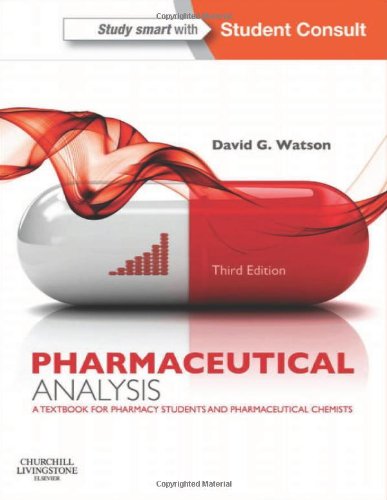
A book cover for Pharmaceutical Analysis: A Textbook for Pharmacy Students and Pharmaceutical Chemists, 3e; David G. Watson BSc  PhD  PGCE; Medical Books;